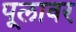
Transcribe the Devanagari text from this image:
पूलावर